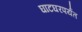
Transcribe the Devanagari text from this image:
घाटघरपर्यंत